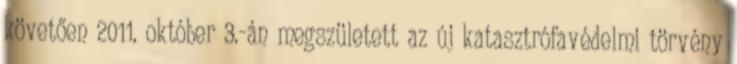
követően 2011. október 3.-án megszületett az új katasztrófavédelmi törvény